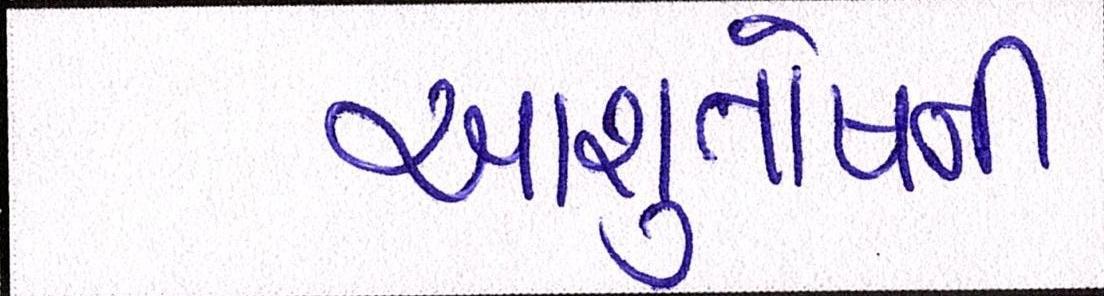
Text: આશુતોષની